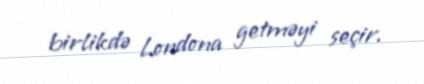
birlikdə Londona getməyi seçir.